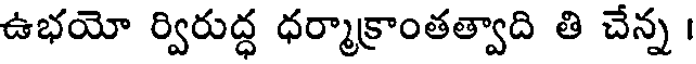
ఉభయో ర్విరుద్ధ ధర్మాక్రాంతత్వాది తి చేన్న ।